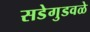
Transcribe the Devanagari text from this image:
सडेगुडवळे